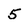
Character: 5